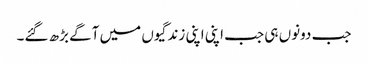
جب دونوں ہی جب اپنی اپنی زندگیوں میں آگے بڑھ گئے۔